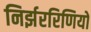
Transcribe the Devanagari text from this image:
निर्झररिणियों